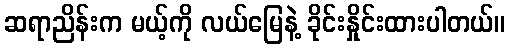
ဆရာညိန်းက မယ့်ကို လယ်မြေနဲ့ ခိုင်းနှိုင်းထားပါတယ်။